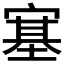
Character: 𡪈